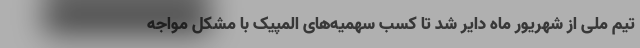
تیم ملی از شهریور ماه دایر شد تا کسب سهمیه‌های المپیک با مشکل مواجه